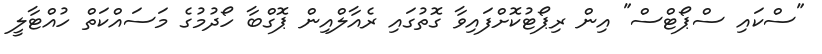
"ސްކައި ސްޕޯޓްސް" އިން ރިޕޯޓުކޮށްފައިވާ ގޮތުގައި ރެއާލްއިން ޕޮގްބާ ހޯދުމުގެ މަސައްކަތް ހުއްޓާލީ